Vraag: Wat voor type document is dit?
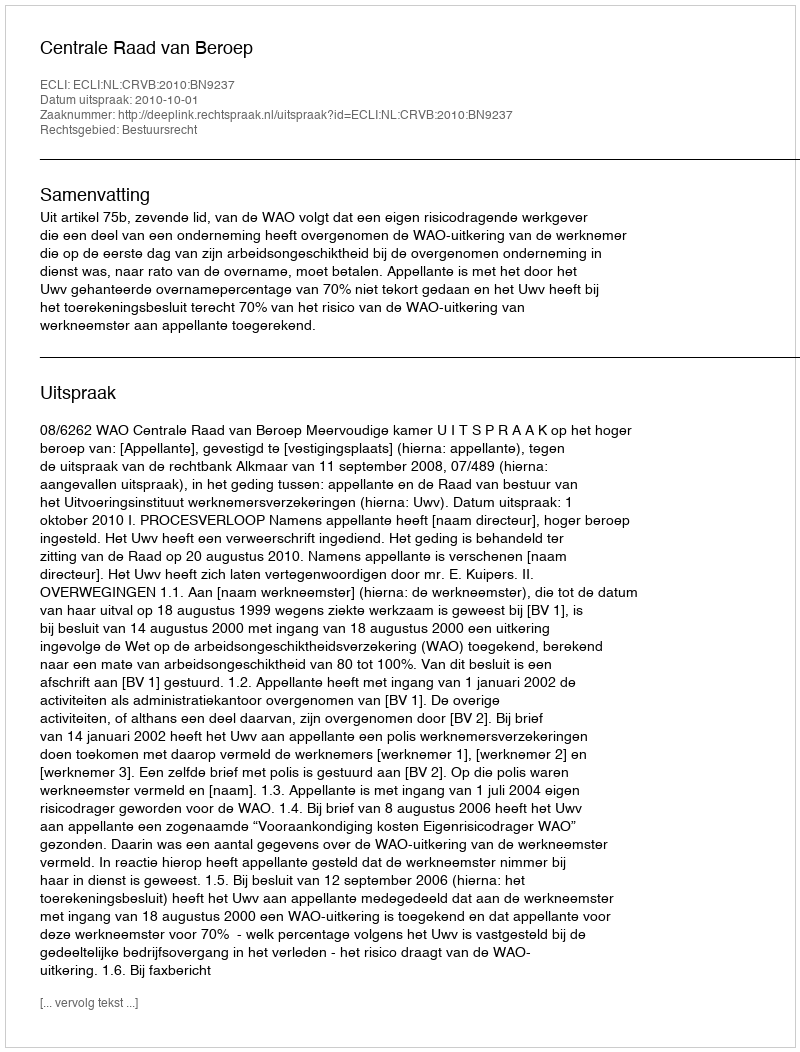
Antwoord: Uitspraak